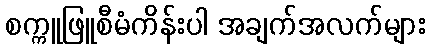
စက္ကူဖြူစီမံကိန်းပါ အချက်အလက်များ